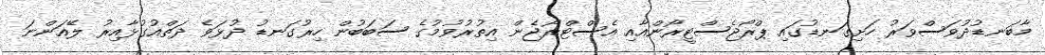
މާބަނޑުދުވަސްވަރު ހަށިގަނޑުގައި ޕްރޯޖެސްޓީރޯންއާއި އެސްޓްރޯޖެން އިތުރުވުމުގެ ސަބަބުން ހިރުގަނޑު ދުޅަވެ ދަތްއުގުޅާއިރު ލޭއަންނަ